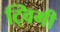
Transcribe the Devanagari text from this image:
ट्विगी